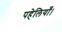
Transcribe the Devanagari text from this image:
पहेलियाँ।